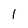
Character: I